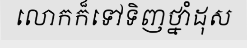
លោកក៏ទៅទិញថ្នាំដុស